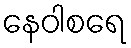
နေဝါစရေ